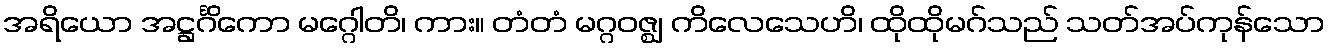
အရိယော အဋ္ဌင်္ဂိကော မဂ္ဂေါတိ၊ ကား။ တံတံ မဂ္ဂဝဇ္ဈ ကိလေသေဟိ၊ ထိုထိုမဂ်သည် သတ်အပ်ကုန်သော